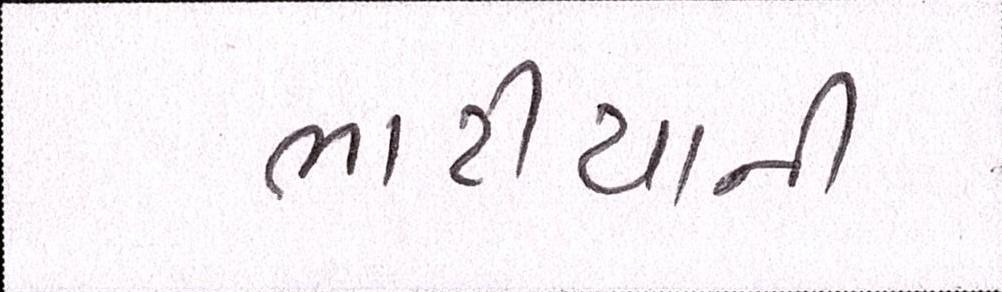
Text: ભાટીયાની